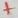
Text: +